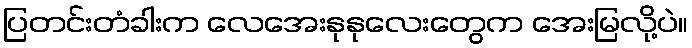
ပြတင်းတံခါးက လေအေးနုနုလေးတွေက အေးမြလို့ပဲ။